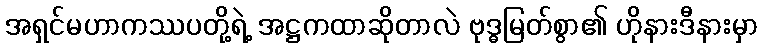
အရှင်မဟာကဿပတို့ရဲ့ အဋ္ဌကထာဆိုတာလဲ ဗုဒ္ဓမြတ်စွာ၏ ဟိုနားဒီနားမှာ